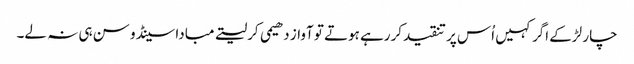
چار لڑکے اگر کہیں اُس پر تنقیدکررہے ہوتے تو آواز دھیمی کرلیتے مبادا سینڈو سن ہی نہ لے۔